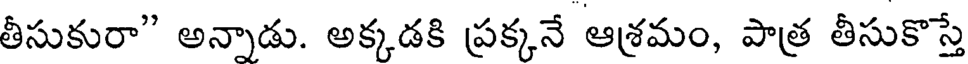
తీసుకురా" అన్నాడు. అక్కడకి ప్రక్కనే ఆశ్రమం, పాత్ర తీసుకొస్తే